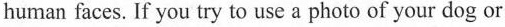
human faces. If you try to use a photo of your dog or